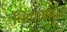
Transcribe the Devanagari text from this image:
बिलासपर